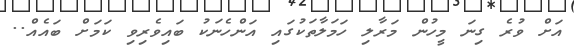
އަށް ވުރެ ގިނަ މީހުން މަރާލި ހަމަލާތަކުގައި އަންހެނަކު ބައިވެރިވި ކަމަށް ބައެއް..